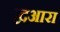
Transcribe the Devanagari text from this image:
द्वआरा